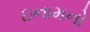
ઇનામનો